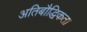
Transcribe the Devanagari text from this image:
अतिबौद्धिकता